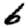
Digit: 6